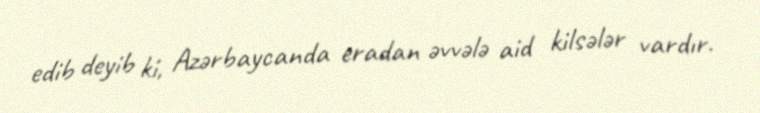
edib deyib ki, Azərbaycanda eradan əvvələ aid kilsələr vardır.